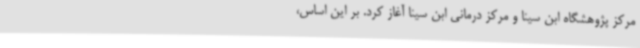
مرکز پژوهشگاه ابن سینا و مرکز درمانی ابن سینا آغاز کرد. بر این اساس،